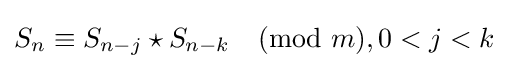
S_{n}\equiv S_{n-j}\star S_{n-k}{\pmod {m}},0<j<k